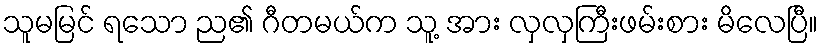
သူမမြင် ရသော ည၏ ဂီတမယ်က သူ့ အား လှလှကြီးဖမ်းစား မိလေပြီ။